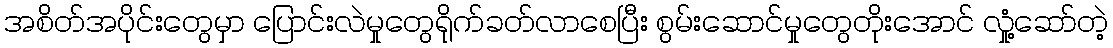
အစိတ်အပိုင်းတွေမှာ ပြောင်းလဲမှုတွေရိုက်ခတ်လာစေပြီး စွမ်းဆောင်မှုတွေတိုးအောင် လှုံ့ဆော်တဲ့